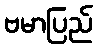
ဗမာပြည်